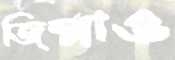
জিম্মাও